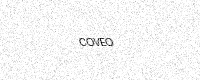
Text: COVEO